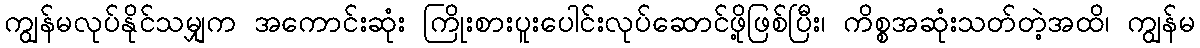
ကျွန်မလုပ်နိုင်သမျှက အကောင်းဆုံး ကြိုးစားပူးပေါင်းလုပ်ဆောင်ဖို့ဖြစ်ပြီး၊ ကိစ္စအဆုံးသတ်တဲ့အထိ၊ ကျွန်မ